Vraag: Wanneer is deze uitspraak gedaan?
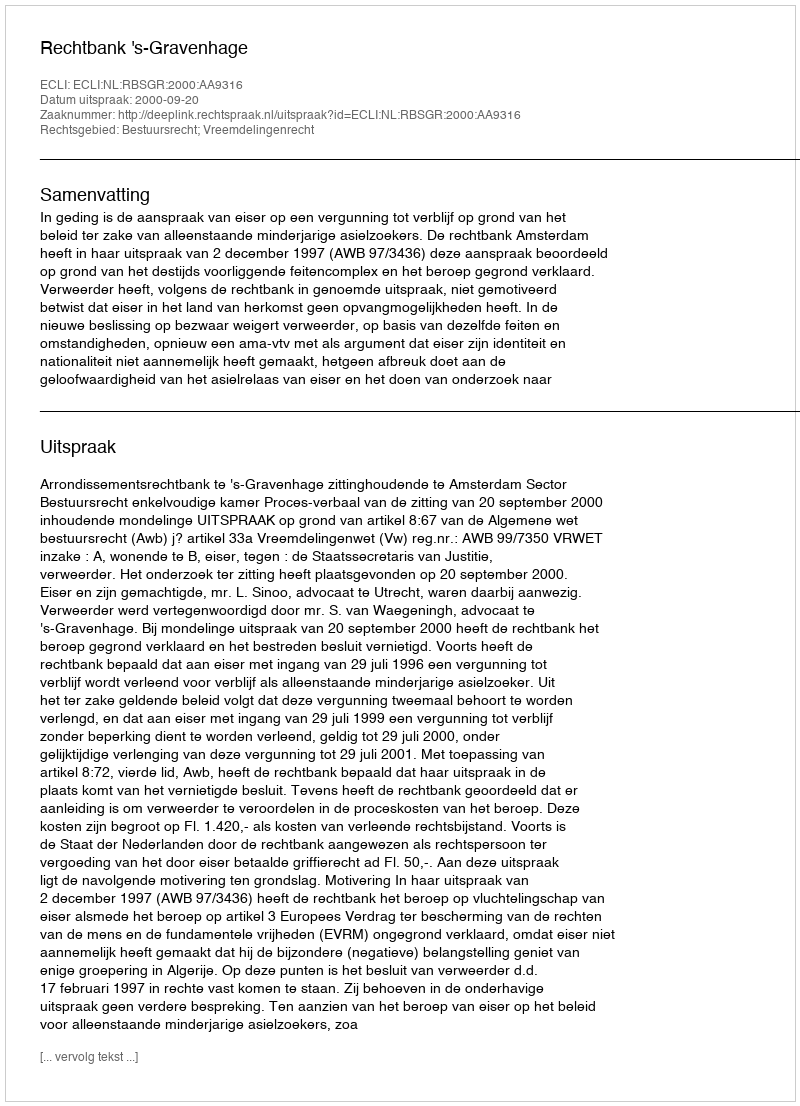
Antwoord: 2000-09-20